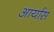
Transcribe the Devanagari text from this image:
आर्यास